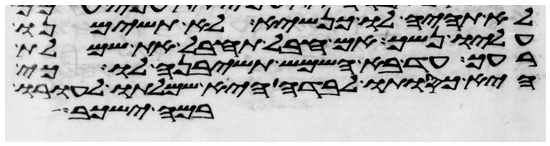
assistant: לא תהיה לו כנשא לא תשימנו
עליו נשך אם חבל תחבל את שמלת
רעך עד בא השמש תשיבנה לו כי
היא כסותו לבדה היא שמלתו לעורו
במה ישכב